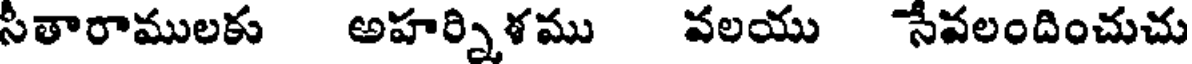
సీతారాములకు అహర్నిళము వలయు సేవలందించుచు